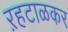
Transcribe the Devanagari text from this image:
ऱहटाळकर